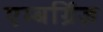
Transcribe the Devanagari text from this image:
एम्बर्ग्रिज़